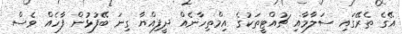
އޭގެ ތެރޭގައި ސަލާމާއި ޗުއްޓީތަކުގެ އިމްތިހާނެއް ދީފިއްޔާ ގިނަ ބޭފުޅުން ފާހެއް ވެސް